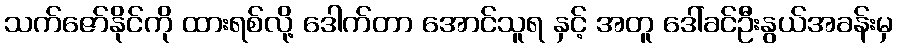
သက်ဇော်နိုင်ကို ထားရစ်လို့ ဒေါက်တာ အောင်သူရ နှင့် အတူ ဒေါ်ခင်ဦးနွယ်အခန်းမှ